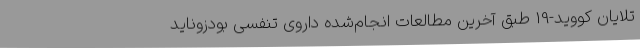
تلایان کووید-19 طبق آخرین مطالعات انجام‌شده داروی تنفسی بودزوناید